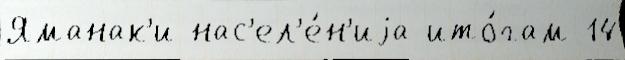
Яманак'и нас'ел'е́н'иjа ито́гам 14